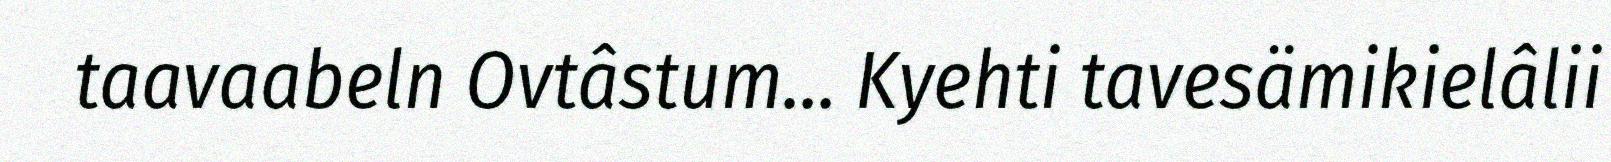
taavaabeln Ovtâstum... Kyehti tavesämikielâlii